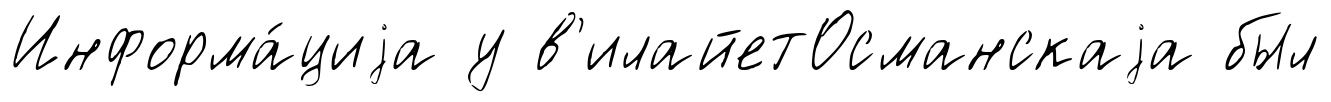
Информа́циjа у в'илайетОсманскаjа был